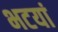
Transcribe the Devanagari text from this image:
भटयां